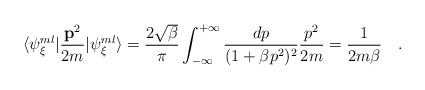
\begin{align*}\langle \psi^{ml}_{{\xi}}\vert \frac{{\bf{p}}^2}{2m} \vert \psi^{ml}_{{\xi}} \rangle =\frac{2 \sqrt{\beta}}{\pi} \int_{-\infty}^{+\infty} \frac{dp}{(1+\beta p^2)^2} \frac{p^2}{2m} = \frac{1}{2m\beta}\quad .\end{align*}